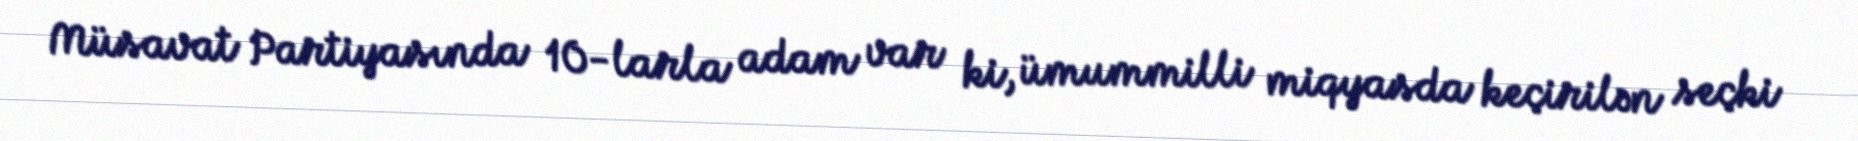
Müsavat Partiyasında 10-larla adam var ki, ümummilli miqyasda keçirilən seçki